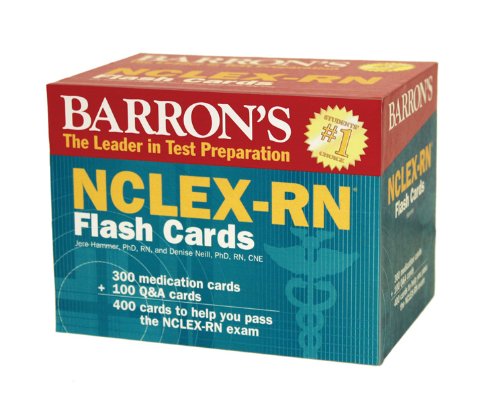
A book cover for Barron's NCLEX-RN Flash Cards; Jere Hammer Ph.D.; Test Preparation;